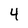
Character: 4